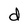
Character: d